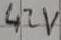
Text: 42V